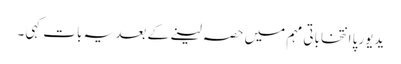
یدیورپا انتخاباتی مہم میں حصہ لینے کے بعد یہ بات کہی ۔